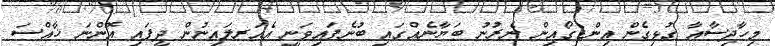
މިހާދިސާއާ ގުޅިގެން އިންޑިގޯއިން ނެރުނު ބަޔާނެއްގައި ބުނެފައިވަނީ އެއަރލައިނުން ދީފައި އޮންނަ ޚާއްސަ